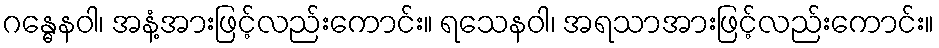
ဂန္ဓေနဝါ၊ အနံ့အားဖြင့်လည်းကောင်း။ ရသေနဝါ၊ အရသာအားဖြင့်လည်းကောင်း။